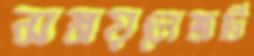
সময়লেজটি